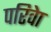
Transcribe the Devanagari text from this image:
परिवेा